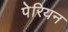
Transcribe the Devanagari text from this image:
पेरियन